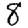
Digit: 8